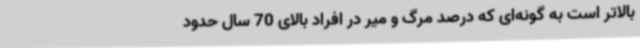
بالاتر است به گونه‌ای که درصد مرگ و میر در افراد بالای 70 سال حدود